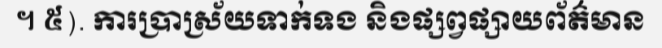
។ ៥). ការប្រាស្រ័យទាក់ទង និងផ្សព្វផ្សាយព័ត៌មាន